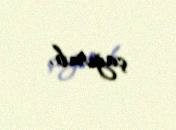
çağırıb.